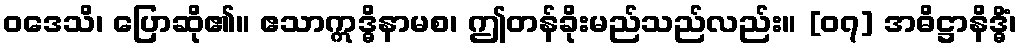
ဝဒေသိ၊ ပြောဆို၏။ ဧသာဣဒ္ဓိနာမစ၊ ဤတန်ခိုးမည်သည်လည်း။ [၀၇] အဓိဋ္ဌာနိဒ္ဓိံ၊